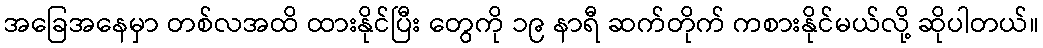
အခြေအနေမှာ တစ်လအထိ ထားနိုင်ပြီး တွေကို ၁၉ နာရီ ဆက်တိုက် ကစားနိုင်မယ်လို့ ဆိုပါတယ်။